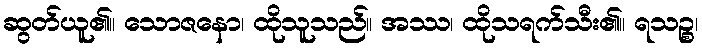
ဆွတ်ယူ၏။ သောဇနော၊ ထိုသူသည်။ အဿ၊ ထိုသရက်သီး၏။ ရသဉ္စ၊